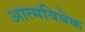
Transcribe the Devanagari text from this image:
आत्मविवेक